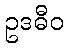
ဥဒဓီဝ